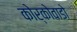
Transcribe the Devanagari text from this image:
कोर्कोवाडो